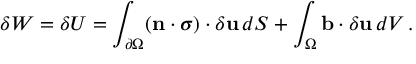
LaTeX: \delta W = \delta U = \int _ { \partial \Omega } ( \mathbf { n } \cdot { \boldsymbol { \sigma } } ) \cdot \delta \mathbf { u } \, d S + \int _ { \Omega } \mathbf { b } \cdot \delta \mathbf { u } \, d V \, .